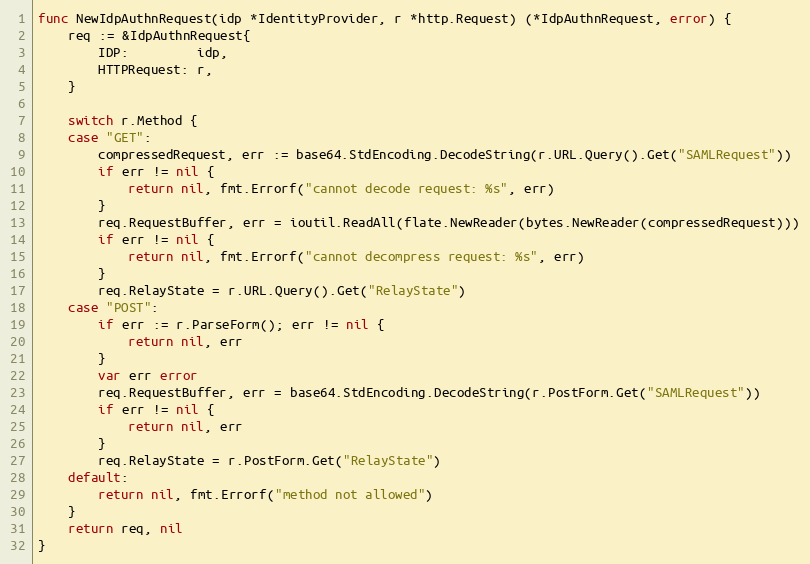
Language: Go
func NewIdpAuthnRequest(idp *IdentityProvider, r *http.Request) (*IdpAuthnRequest, error) {
	req := &IdpAuthnRequest{
		IDP:         idp,
		HTTPRequest: r,
	}

	switch r.Method {
	case "GET":
		compressedRequest, err := base64.StdEncoding.DecodeString(r.URL.Query().Get("SAMLRequest"))
		if err != nil {
			return nil, fmt.Errorf("cannot decode request: %s", err)
		}
		req.RequestBuffer, err = ioutil.ReadAll(flate.NewReader(bytes.NewReader(compressedRequest)))
		if err != nil {
			return nil, fmt.Errorf("cannot decompress request: %s", err)
		}
		req.RelayState = r.URL.Query().Get("RelayState")
	case "POST":
		if err := r.ParseForm(); err != nil {
			return nil, err
		}
		var err error
		req.RequestBuffer, err = base64.StdEncoding.DecodeString(r.PostForm.Get("SAMLRequest"))
		if err != nil {
			return nil, err
		}
		req.RelayState = r.PostForm.Get("RelayState")
	default:
		return nil, fmt.Errorf("method not allowed")
	}
	return req, nil
}